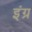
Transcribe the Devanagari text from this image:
इंग्र